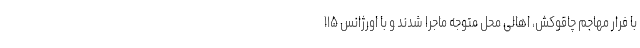
با فرار مهاجم چاقوکش، اهالی محل متوجه ماجرا شدند و با اورژانس ۱۱۵